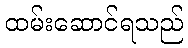
ထမ်းဆောင်ရသည်